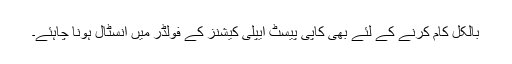
بالکل کام کرنے کے لئے بھی کاپی پیسٹ ایپلی کیشنز کے فولڈر میں انسٹال ہونا چاہئے۔